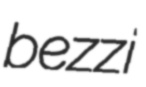
bezzi